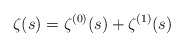
\begin{align*}\zeta(s)=\zeta^{(0)}(s)+\zeta^{(1)}(s)\end{align*}